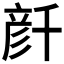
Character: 𠦳